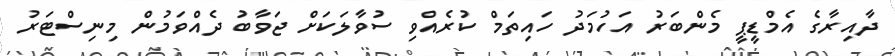
ދާއިރާގެ އެމްޑީޕީ މެންބަރު އަހުމަދު ހައިތަމް ކުރެއްވި ސުވާލަކަށް ޖަވާބު ދެއްވަމުން މިނިސްޓަރު